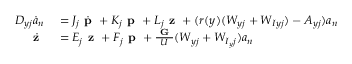
\begin{array} { r l } { \boldsymbol { D _ { y j } } \boldsymbol { \dot { a } _ { n } } } & { { } = \boldsymbol { J _ { j } } \dot { \textbf { p } } + \boldsymbol { K _ { j } } \textbf { p } + \boldsymbol { L _ { j } } \textbf { z } + ( r ( y ) ( \boldsymbol { W _ { y j } } + \boldsymbol { W _ { I y j } } ) - \boldsymbol { A _ { y j } } ) \boldsymbol { a _ { n } } } \\ { \dot { \textbf { z } } } & { { } = \boldsymbol { E _ { j } } \textbf { z } + \boldsymbol { F _ { j } } \textbf { p } + \frac { \textbf { G } } { U } ( \boldsymbol { W _ { y j } } + \boldsymbol { W _ { I _ { y } j } } ) \boldsymbol { a _ { n } } } \end{array}